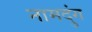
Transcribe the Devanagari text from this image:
नामदुंग